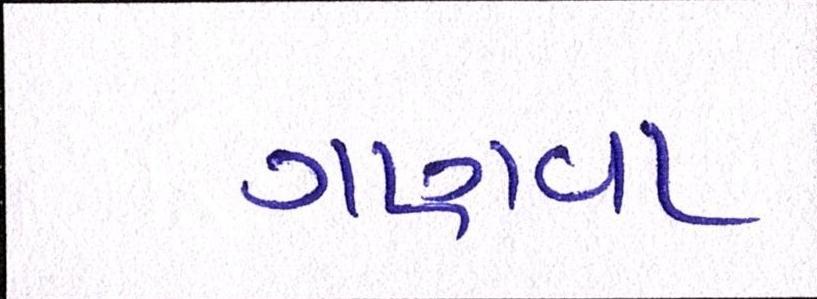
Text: ગણવા